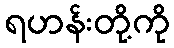
ရဟန်းတို့ကို